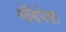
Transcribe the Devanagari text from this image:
सोंडेपेक्षा